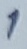
Text: 1